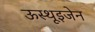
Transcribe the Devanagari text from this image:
ऊस्थूइजेन